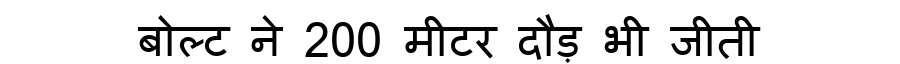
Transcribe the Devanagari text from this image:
बोल्ट ने 200 मीटर दौड़ भी जीती